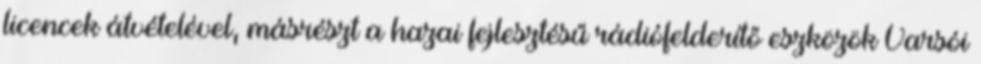
licencek átvételével, másrészt a hazai fejlesztésű rádiófelderítő eszközök Varsói